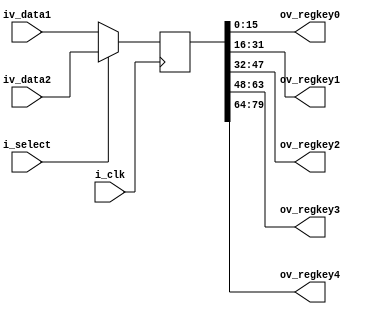
module reg_key(
        i_clk,
        i_select,
        iv_data1,
        iv_data2,
        ov_regkey0,
        ov_regkey1,
        ov_regkey2,
        ov_regkey3,
        ov_regkey4        
        );
  input i_clk;
  input i_select;
  input[79:0] iv_data1;
  input[79:0] iv_data2;
  output[15:0] ov_regkey0;
  output[15:0] ov_regkey1;
  output[15:0] ov_regkey2;
  output[15:0] ov_regkey3;
  output[15:0] ov_regkey4;

  wire[79:0]  wv_key; 
  reg[79:0] rv_key;

  assign wv_key = (i_select)? iv_data2 : iv_data1;
  assign ov_regkey0 = rv_key[15: 0];
  assign ov_regkey1 = rv_key[31:16];
  assign ov_regkey2 = rv_key[47:32];
  assign ov_regkey3 = rv_key[63:48];
  assign ov_regkey4 = rv_key[79:64];

  always @(posedge i_clk)
    begin
      rv_key <= wv_key;
    end
endmodule